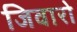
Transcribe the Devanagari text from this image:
जिवारो